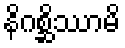
နိဂစ္ဆိဿာမိ